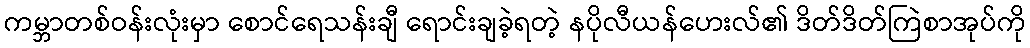
ကမ္ဘာတစ်ဝန်းလုံးမှာ စောင်ရေသန်းချီ ရောင်းချခဲ့ရတဲ့ နပိုလီယန်ဟေးလ်၏ ဒိတ်ဒိတ်ကြဲစာအုပ်ကို